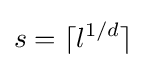
s=\lceil l^{1/d}\rceil